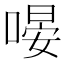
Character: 𠹵